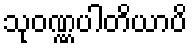
သုဝဏ္ဏပါတိယာပိ